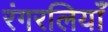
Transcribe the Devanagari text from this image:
रंगरलियाँ